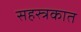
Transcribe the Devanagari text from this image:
सहस्त्रकात